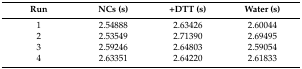
<table><thead><tr><td><b>Run</b></td><td><b>NCs (s)</b></td><td><b>+DTT (s)</b></td><td><b>Water (s)</b></td></tr></thead><tbody><tr><td>1</td><td>2.54888</td><td>2.63426</td><td>2.60044</td></tr><tr><td>2</td><td>2.53549</td><td>2.71390</td><td>2.69495</td></tr><tr><td>3</td><td>2.59246</td><td>2.64803</td><td>2.59054</td></tr><tr><td>4</td><td>2.63351</td><td>2.64220</td><td>2.61833</td></tr></tbody></table>